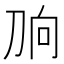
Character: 𰄫